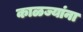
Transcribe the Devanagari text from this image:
काळज्यांना